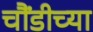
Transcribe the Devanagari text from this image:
चौंडीच्या